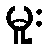
မူး